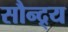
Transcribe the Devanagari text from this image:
सौन्द्र्य